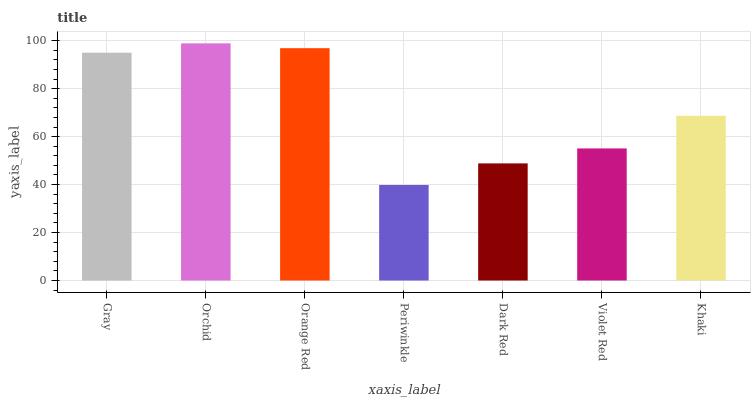
| xaxis_label | bars |
 | --- | --- |
 | Gray | 95 |
 | Orchid | 98.9 |
 | Orange Red | 96.9 |
 | Periwinkle | 39.8 |
 | Dark Red | 48.8 |
 | Violet Red | 55.1 |
 | Khaki | 68.7 |